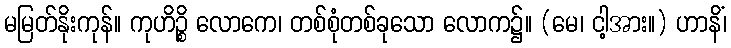
မမြတ်နိုးကုန်။ ကုဟိဉ္စိ လောကေ၊ တစ်စုံတစ်ခုသော လောက၌။ (မေ၊ ငါ့အား။) ဟာနိံ၊